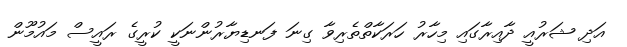
އަދި ޝަރުއީ ދާއިރާގައި މިހާރު ހަރަކާތްތެރިވާ ގިނަ ފަނޑިޔާރުންނަކީ ކުރީގެ ރައީސް މައުމޫން